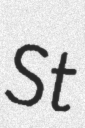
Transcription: St